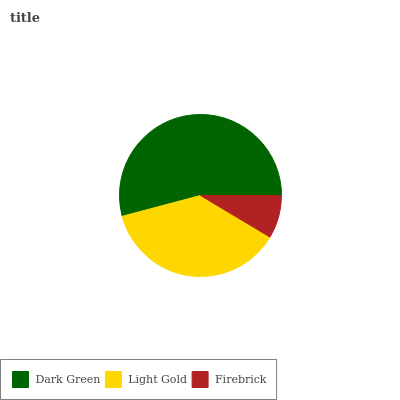
| Dark Green | Light Gold | Firebrick |
 | --- | --- | --- |
 | 54.1% | 37.3% | 8.58% |